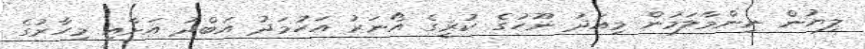
ލިޔުން ނިންމާލަމުން މިއަދު ނޫހުގެ ކުރީގެ އޯނަރު އަހުމަދު އަބްދު އަށާއި މިހާރުގެ